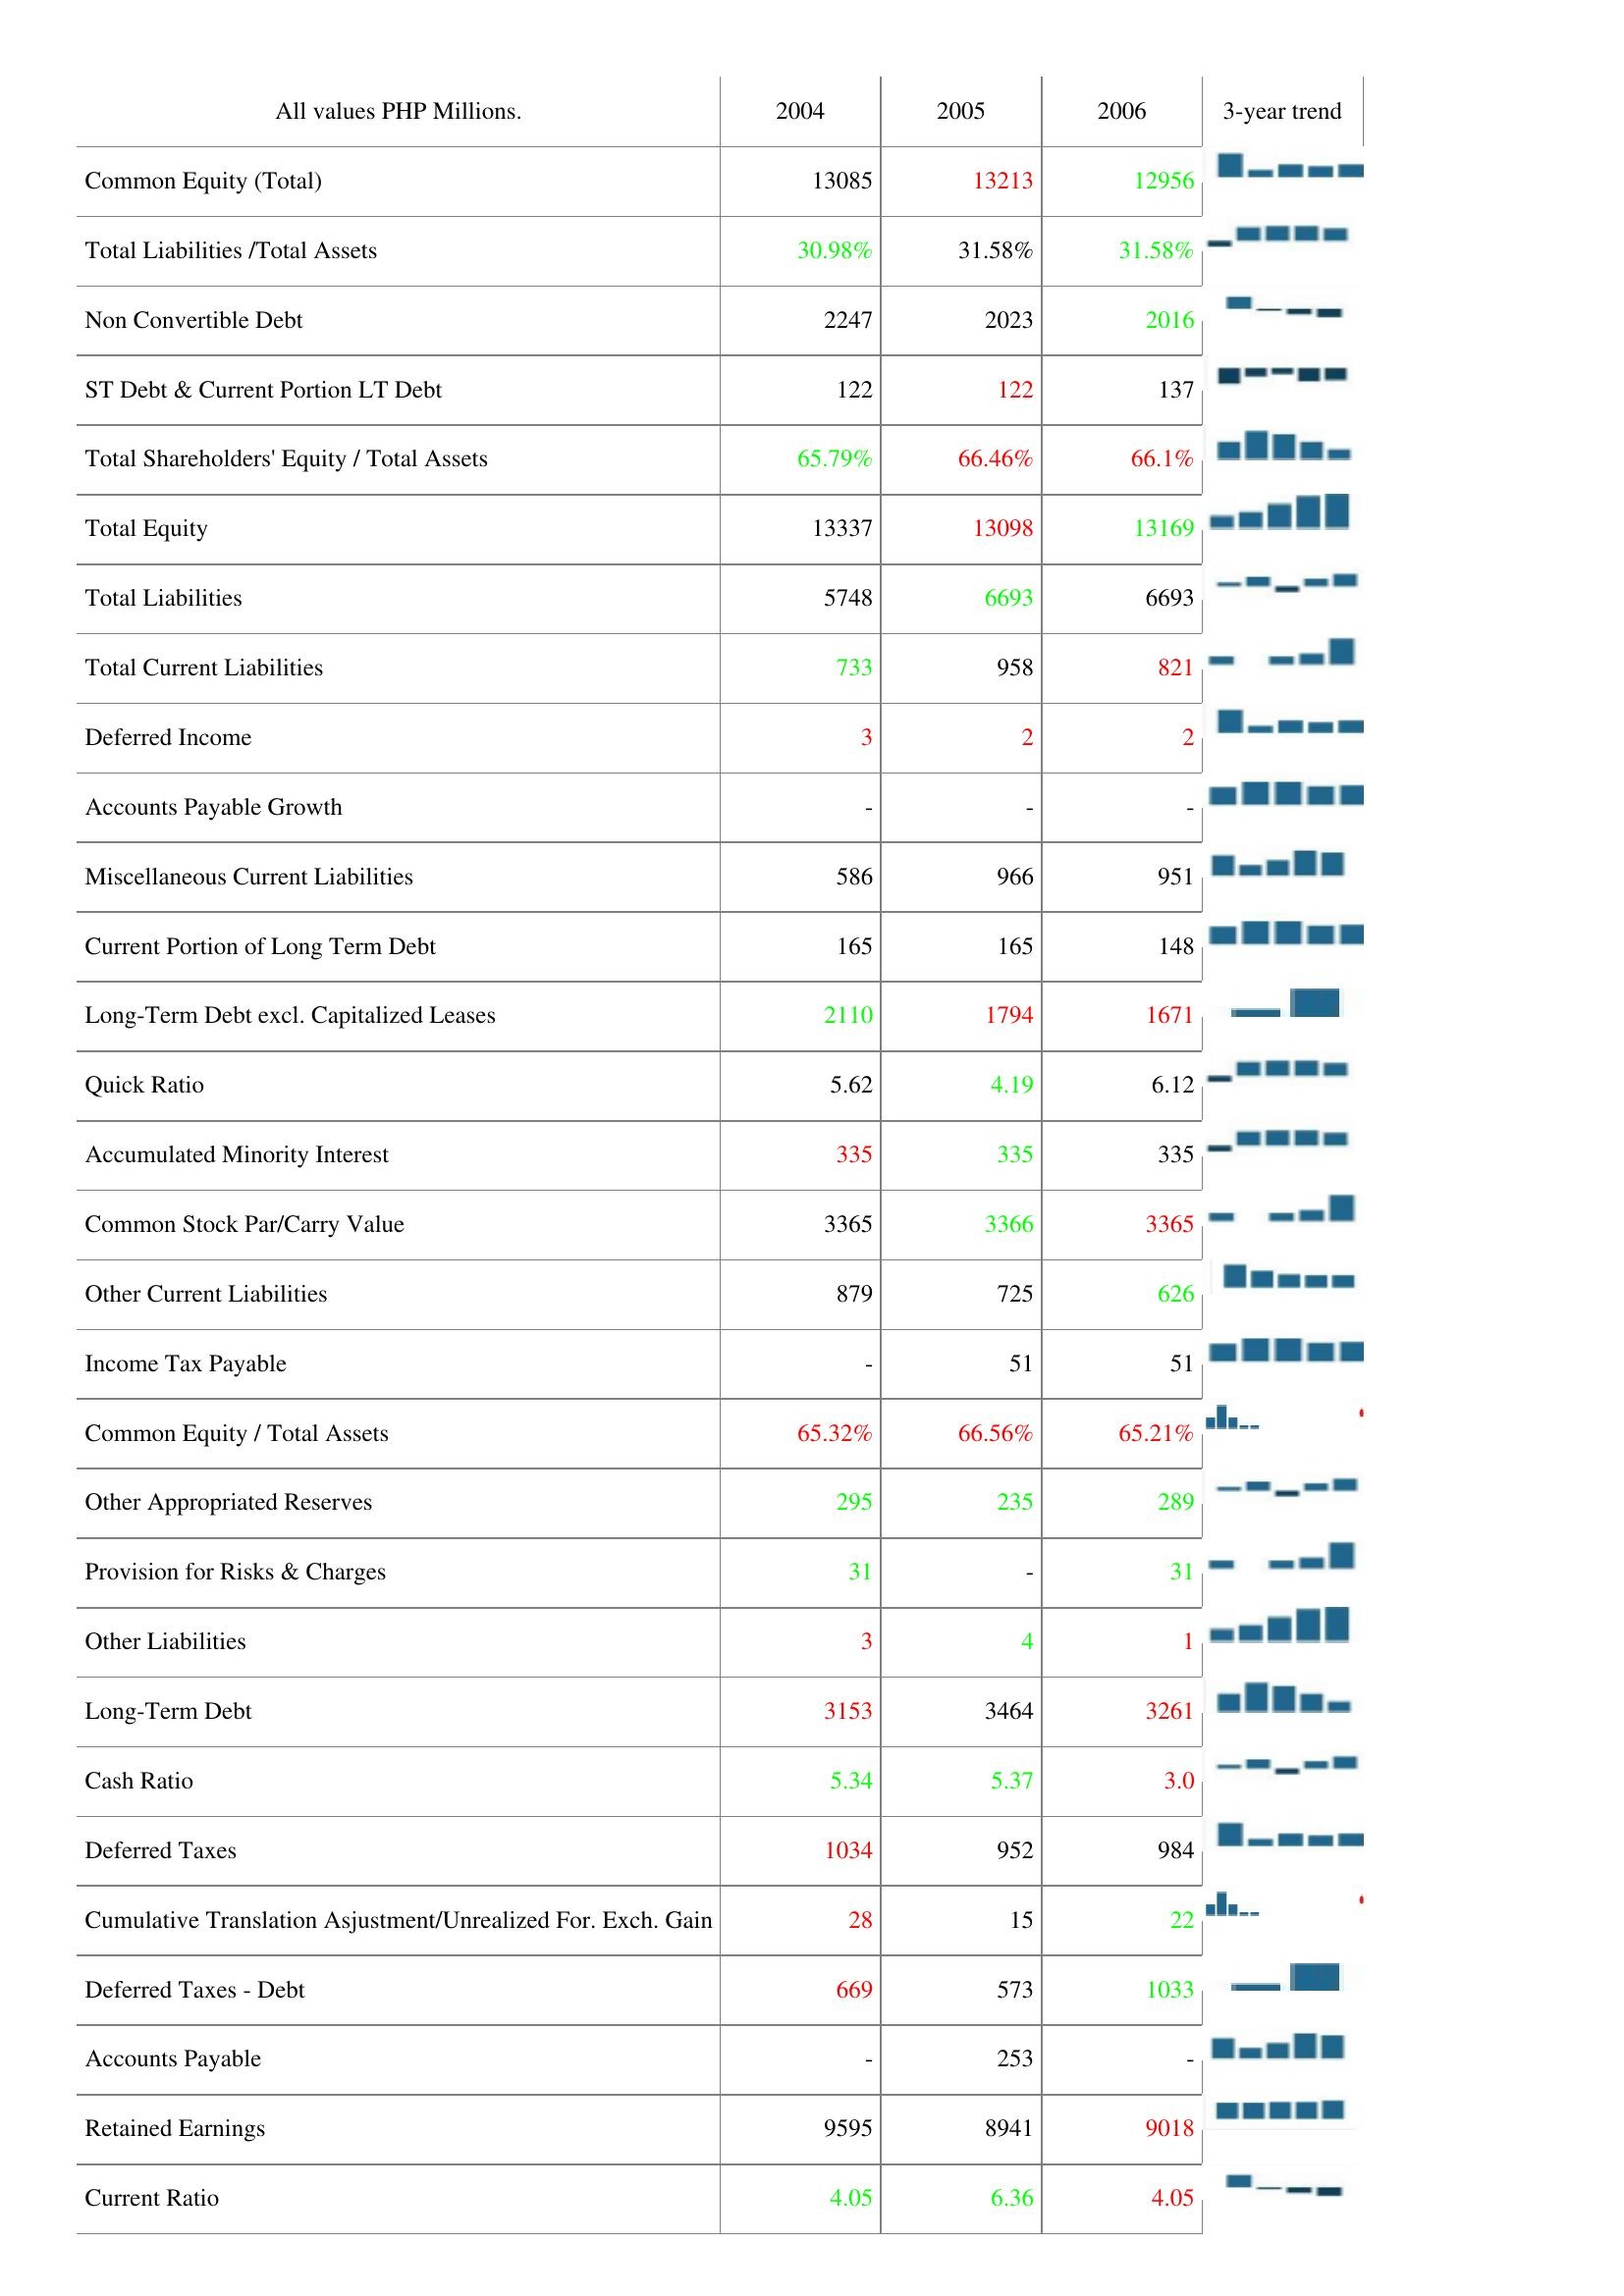
2004: Liabilities & Shareholder's Equity: Common Equity (Total): 13085
Total Liabilities /Total Assets: 30.98%
Non Convertible Debt: 2247
ST Debt & Current Portion LT Debt: 122
Total Shareholders' Equity / Total Assets: 65.79%
Total Equity: 13337
Total Liabilities: 5748
Total Current Liabilities: 733
Deferred Income: 3
Accounts Payable Growth: -
Miscellaneous Current Liabilities: 586
Current Portion of Long Term Debt: 165
Long-Term Debt excl. Capitalized Leases: 2110
Quick Ratio: 5.62
Accumulated Minority Interest: 335
Common Stock Par/Carry Value: 3365
Other Current Liabilities: 879
Income Tax Payable: -
Common Equity / Total Assets: 65.32%
Other Appropriated Reserves: 295
Provision for Risks & Charges: 31
Other Liabilities: 3
Long-Term Debt: 3153
Cash Ratio: 5.34
Deferred Taxes: 1034
Cumulative Translation Asjustment/Unrealized For. Exch. Gain: 28
Deferred Taxes - Debt: 669
Accounts Payable: -
Retained Earnings: 9595
Current Ratio: 4.05
2005: Liabilities & Shareholder's Equity: Common Equity (Total): 13213
Total Liabilities /Total Assets: 31.58%
Non Convertible Debt: 2023
ST Debt & Current Portion LT Debt: 122
Total Shareholders' Equity / Total Assets: 66.46%
Total Equity: 13098
Total Liabilities: 6693
Total Current Liabilities: 958
Deferred Income: 2
Accounts Payable Growth: -
Miscellaneous Current Liabilities: 966
Current Portion of Long Term Debt: 165
Long-Term Debt excl. Capitalized Leases: 1794
Quick Ratio: 4.19
Accumulated Minority Interest: 335
Common Stock Par/Carry Value: 3366
Other Current Liabilities: 725
Income Tax Payable: 51
Common Equity / Total Assets: 66.56%
Other Appropriated Reserves: 235
Provision for Risks & Charges: -
Other Liabilities: 4
Long-Term Debt: 3464
Cash Ratio: 5.37
Deferred Taxes: 952
Cumulative Translation Asjustment/Unrealized For. Exch. Gain: 15
Deferred Taxes - Debt: 573
Accounts Payable: 253
Retained Earnings: 8941
Current Ratio: 6.36
2006: Liabilities & Shareholder's Equity: Common Equity (Total): 12956
Total Liabilities /Total Assets: 31.58%
Non Convertible Debt: 2016
ST Debt & Current Portion LT Debt: 137
Total Shareholders' Equity / Total Assets: 66.1%
Total Equity: 13169
Total Liabilities: 6693
Total Current Liabilities: 821
Deferred Income: 2
Accounts Payable Growth: -
Miscellaneous Current Liabilities: 951
Current Portion of Long Term Debt: 148
Long-Term Debt excl. Capitalized Leases: 1671
Quick Ratio: 6.12
Accumulated Minority Interest: 335
Common Stock Par/Carry Value: 3365
Other Current Liabilities: 626
Income Tax Payable: 51
Common Equity / Total Assets: 65.21%
Other Appropriated Reserves: 289
Provision for Risks & Charges: 31
Other Liabilities: 1
Long-Term Debt: 3261
Cash Ratio: 3.0
Deferred Taxes: 984
Cumulative Translation Asjustment/Unrealized For. Exch. Gain: 22
Deferred Taxes - Debt: 1033
Accounts Payable: -
Retained Earnings: 9018
Current Ratio: 4.05